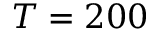
T = 2 0 0